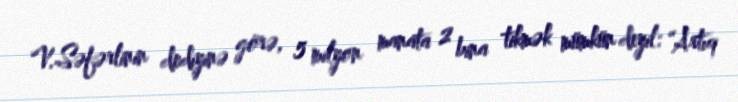
V.Səfərlinin dediyinə görə, 5 milyon manata 2 bina tikmək mümkün deyil: “Artıq